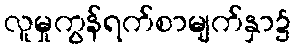
လူမှုကွန်ရက်စာမျက်နှာ၌